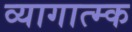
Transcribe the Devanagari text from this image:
व्यागात्म्क